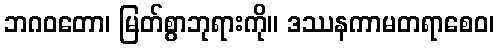
ဘဂဝတော၊ မြတ်စွာဘုရားကို။ ဒဿနကာမတရာစေဝ၊